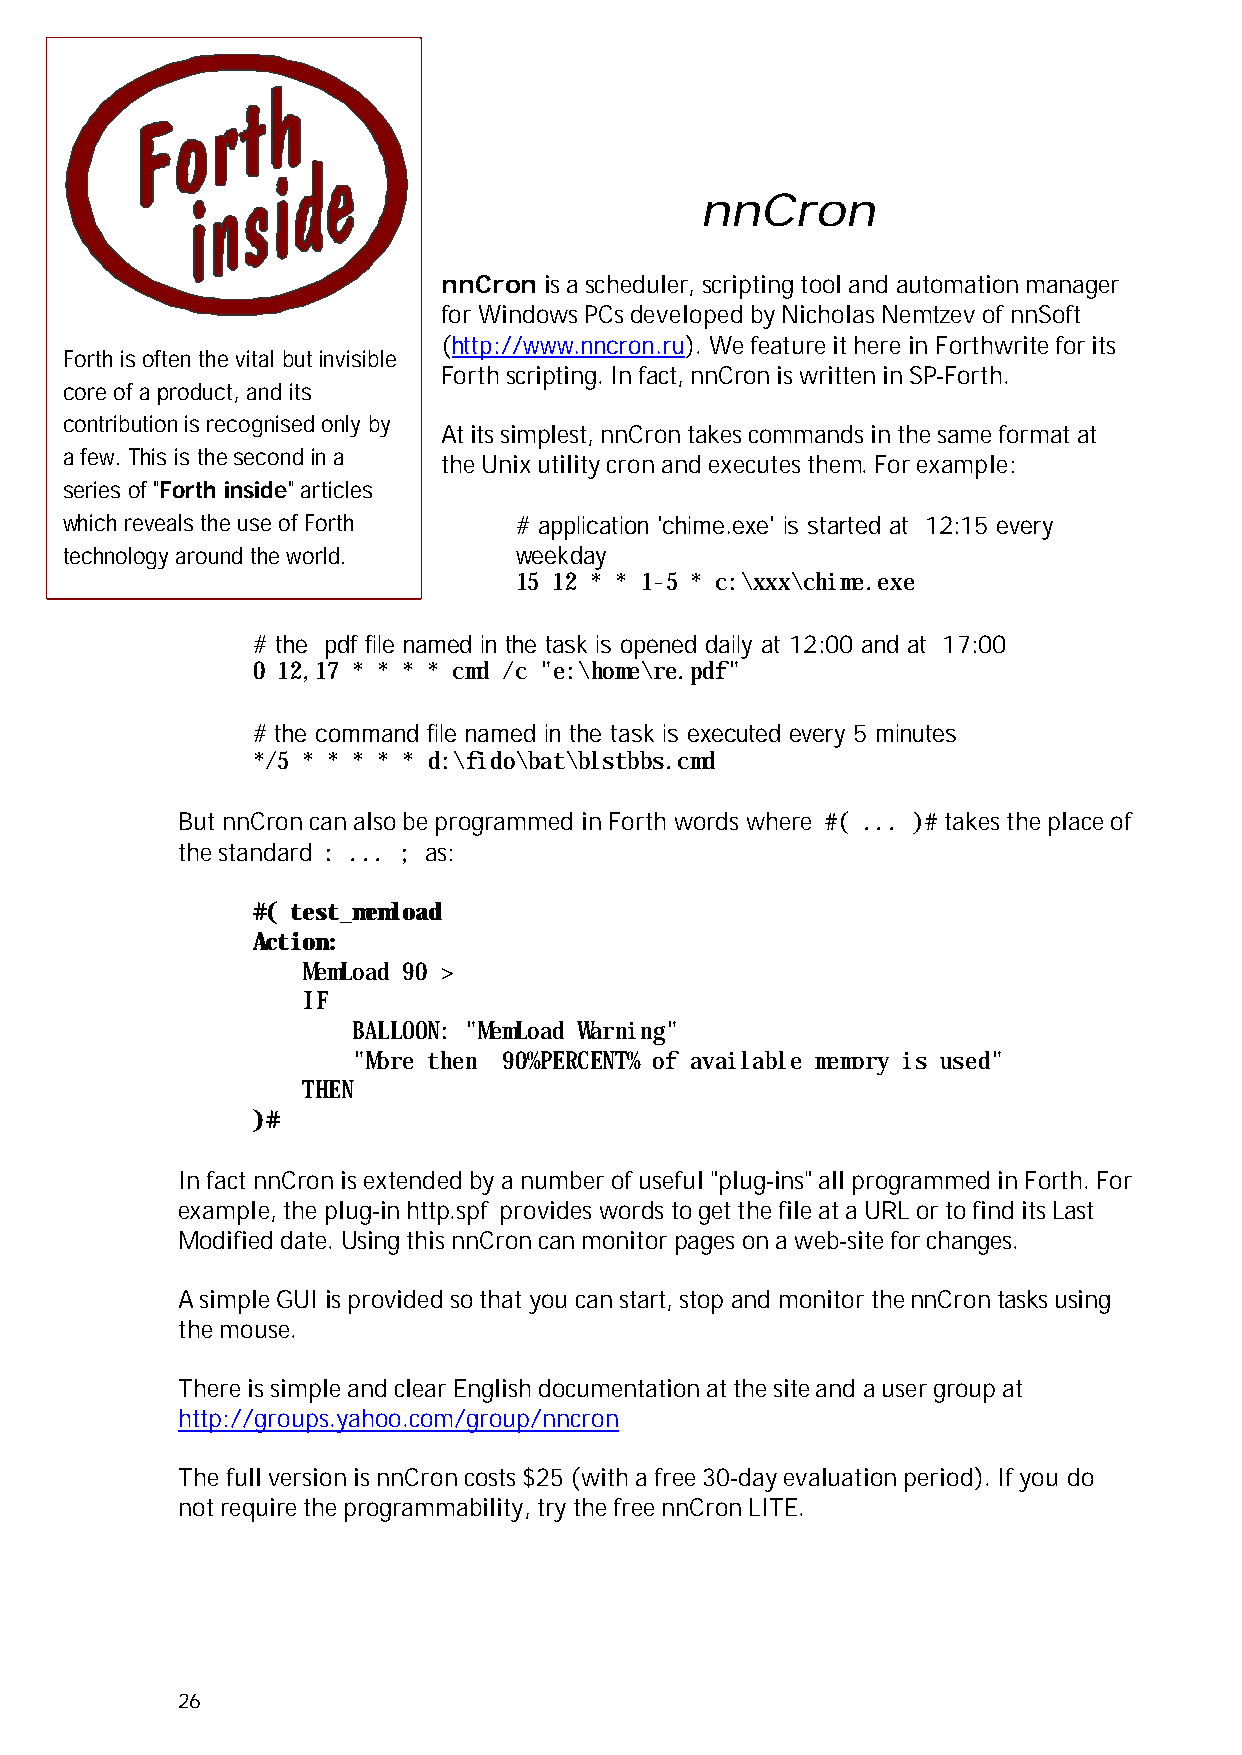
nnCron
 nnCron is a scheduler, scripting tool and automation manager
 for Windows PCs developed by Nicholas Nemtzev of nnSoft
 (http://www.nncron.ru). We feature it here in Forthwrite for its
 Forth is often the vital but invisible
 Forth scripting. In fact, nnCron is written in SP-Forth.
 core of a product, and its
 contribution is recognised only by
 At its simplest, nnCron takes commands in the same format at
 a few. This is the second in a
 the Unix utility cron and executes them. For example:
 series of "Forth inside" articles
 which reveals the use of Forth # application 'chime.exe' is started at 12:15 every
 technology around the world.  weekday
 15 12 * * 1-5 * c:\xxx\chime.exe
 # the pdf file named in the task is opened daily at 12:00 and at 17:00
 0 12,17 * * * * cmd /c "e:\home\re.pdf"
 # the command file named in the task is executed every 5 minutes
 */5 * * * * * d:\fido\bat\blstbbs.cmd
 But nnCron can also be programmed in Forth words where #( ... )# takes the place of
 the standard : ... ; as:
 #( test_memload
 Action:
 MemLoad 90 >
 IF
 BALLOON: "MemLoad Warning"
 "More then 90%PERCENT% of available memory is used"
 THEN
 )#
 In fact nnCron is extended by a number of useful "plug-ins" all programmed in Forth. For
 example, the plug-in http.spf provides words to get the file at a URL or to find its Last
 Modified date. Using this nnCron can monitor pages on a web-site for changes.
 A simple GUI is provided so that you can start, stop and monitor the nnCron tasks using
 the mouse.
 There is simple and clear English documentation at the site and a user group at
 http://groups.yahoo.com/group/nncron
 The full version is nnCron costs $25 (with a free 30-day evaluation period). If you do
 not require the programmability, try the free nnCron LITE.
 26